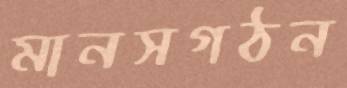
মানসগঠন